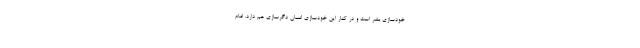
خودسازی بشر است و در کنار این خودسازی انسان دگرسازی هم دارد. امام